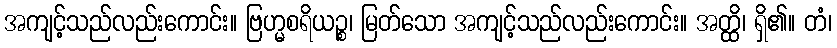
အကျင့်သည်လည်းကောင်း။ ဗြဟ္မစရိယဉ္စ၊ မြတ်သော အကျင့်သည်လည်းကောင်း။ အတ္ထိ၊ ရှိ၏။ တံ၊